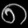
Digit: ၈